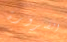
الضرورة